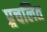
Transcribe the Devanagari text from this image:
प्र्रचलित